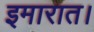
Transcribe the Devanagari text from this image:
इमारात।